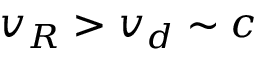
v _ { R } > v _ { d } \sim c